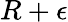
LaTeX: R+\epsilon